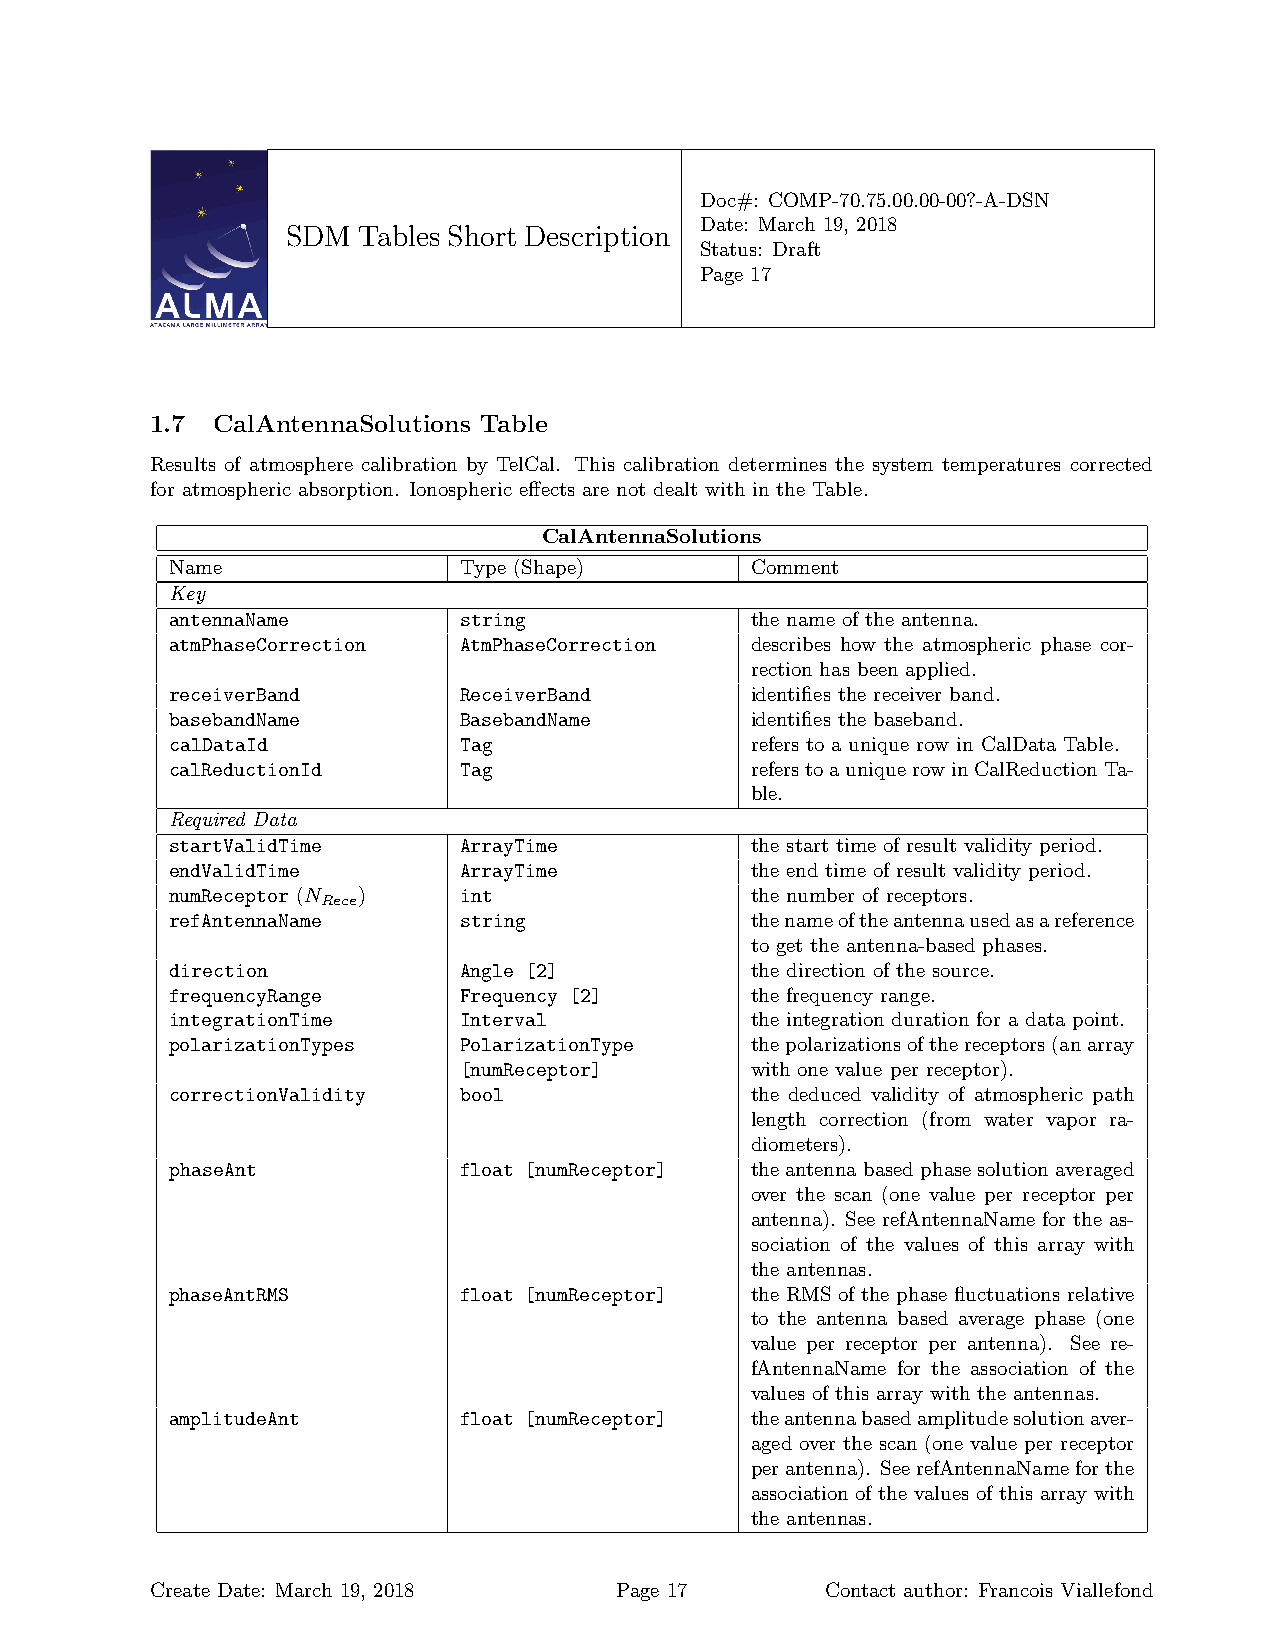
Doc#: COMP-70.75.00.00-00?-A-DSN
 Date: March 19, 2018
 SDM  Tables Short Description
 Status: Draft
 Page 17
 1.7 CalAntennaSolutions Table
 Results of atmosphere calibration by TelCal. This calibration determines the system temperatures corrected
 for atmospheric absorption. Ionospheric effects are not dealt with in the Table.
 CalAntennaSolutions
 Name               Type (Shape)        Comment
 Key
 antennaName        string              the name of the antenna.
 atmPhaseCorrection AtmPhaseCorrection  describes how the atmospheric phase cor-
 rection has been applied.
 receiverBand       ReceiverBand        identifies the receiver band.
 basebandName       BasebandName        identifies the baseband.
 calDataId          Tag                 refers to a unique row in CalData Table.
 calReductionId     Tag                 referstoauniquerowinCalReductionTa-
 ble.
 Required Data
 startValidTime     ArrayTime           the start time of result validity period.
 endValidTime       ArrayTime           the end time of result validity period.
 numReceptor (N )   int                 the number of receptors.
 Rece
 refAntennaName     string              thenameoftheantennausedasareference
 to get the antenna-based phases.
 direction          Angle [2]           the direction of the source.
 frequencyRange     Frequency [2]       the frequency range.
 integrationTime    Interval            the integration duration for a data point.
 polarizationTypes  PolarizationType    thepolarizationsofthereceptors(anarray
 [numReceptor]       with one value per receptor).
 correctionValidity bool                the deduced validity of atmospheric path
 length correction (from water vapor ra-
 diometers).
 phaseAnt           float [numReceptor] theantennabasedphasesolutionaveraged
 over the scan (one value per receptor per
 antenna). See refAntennaName for the as-
 sociation of the values of this array with
 the antennas.
 phaseAntRMS        float [numReceptor] the RMS of the phase fluctuations relative
 to the antenna based average phase (one
 value per receptor per antenna). See re-
 fAntennaName for the association of the
 values of this array with the antennas.
 amplitudeAnt       float [numReceptor] theantennabasedamplitudesolutionaver-
 aged over the scan (one value per receptor
 perantenna). SeerefAntennaNameforthe
 association of the values of this array with
 the antennas.
 Create Date: March 19, 2018    Page 17       Contact author: Francois Viallefond